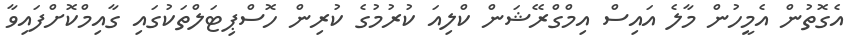
އެގޮތުން އެމީހުން މާލެ އައިސް އިމްގްރޭޝަން ކްލިއަ ކުރުމުގެ ކުރިން ހޮސްޕިޓަލްތަކުގައި ގާއިމްކޮށްފައިވާ